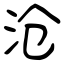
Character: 沧